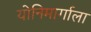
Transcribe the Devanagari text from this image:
योनिमार्गाला